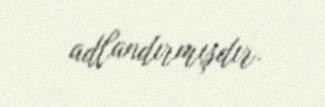
adlandırmışdır.